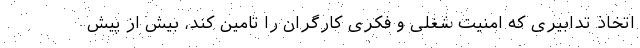
اتخاذ تدابیری که امنیت شغلی و فکری کارگران را تامین کند، بیش از پیش